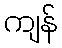
ကျန်